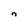
Character: n